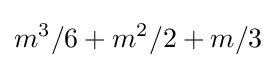
m^{3}/6+m^{2}/2+m/3